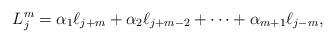
LaTeX: \begin{align*} L^m_{j} = \alpha_1 \ell_{j+m} + \alpha_2 \ell_{j+m-2} + \cdots + \alpha_{m+1} \ell_{j-m},\end{align*}